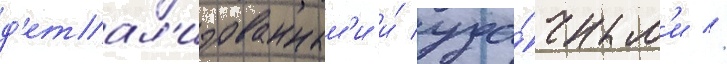
д'етал'изованным'и и́ уда́чным'и //